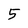
Character: 5